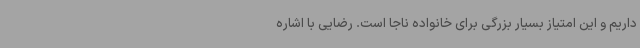
داریم و این امتیاز بسیار بزرگی برای خانواده ناجا است. رضایی با اشاره